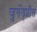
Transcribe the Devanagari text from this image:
जुगेंड्प्रीस